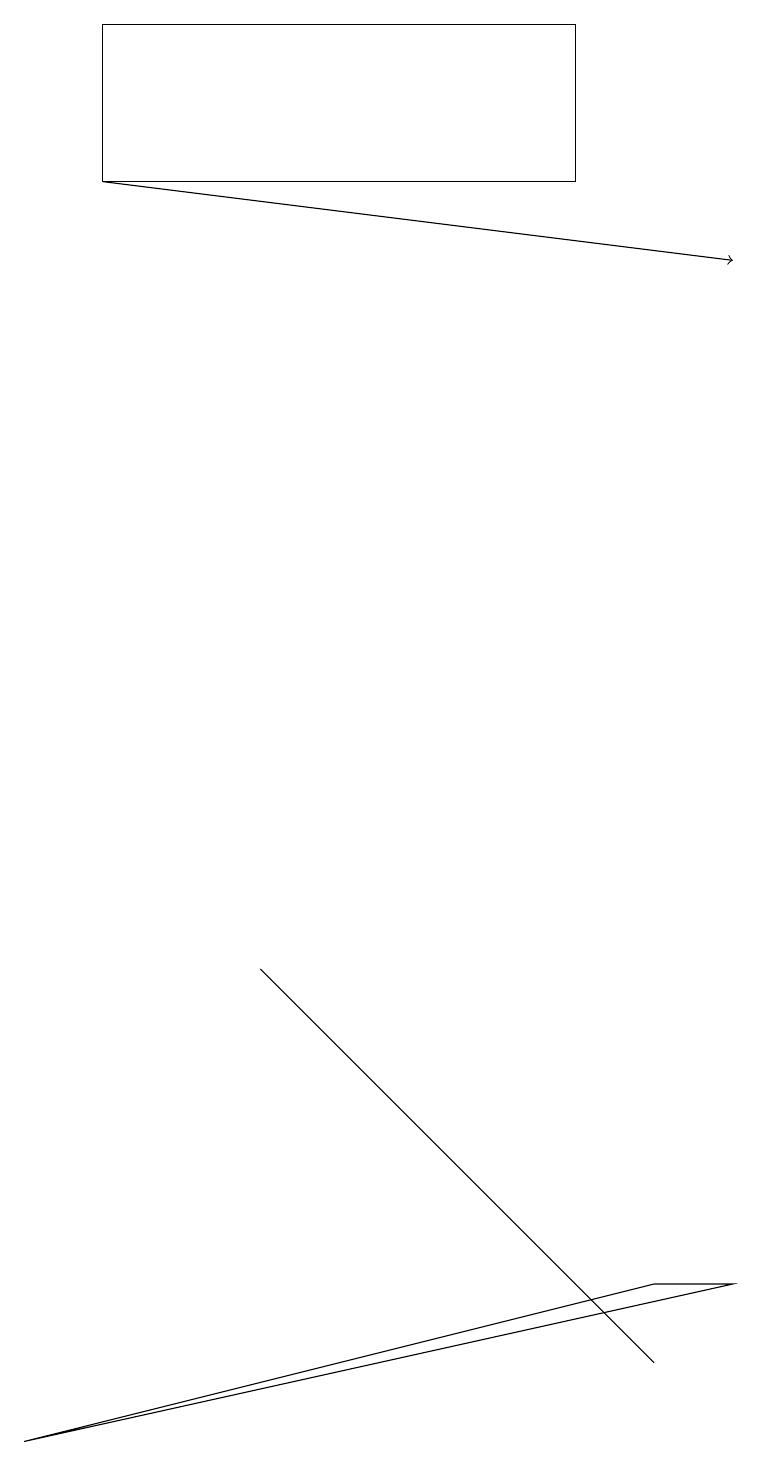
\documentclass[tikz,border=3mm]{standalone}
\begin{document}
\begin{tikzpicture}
\draw[->] (1,17) -- (9,16);
\draw (7,19) rectangle (1,17);
\draw (3,7) -- (8,2) -- (7,3) -- cycle;
\draw (9,3) -- (8,3) -- (0,1) -- cycle;
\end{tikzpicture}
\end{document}